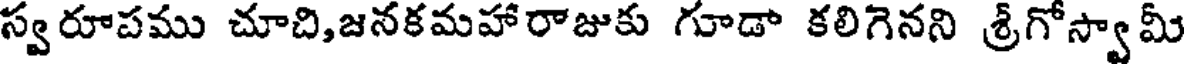
స్వరూపము చూచి,జనకమహారాజుకు గూడా కలిగెనని శ్రీగోస్వామీ